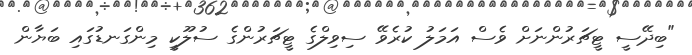
"ބިދޭސީ ޓީޗަރުންނަށް ވެސް އަމަލު ކުރެވޭ ސިވިލްގެ ޓީޗަރުންގެ ސުލޫކީ މިންގަނޑުގައި ބަޔާން